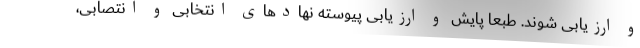
و ارزیابی شوند. طبعاً پایش و ارزیابی پیوسته نهادهای انتخابی و انتصابی،